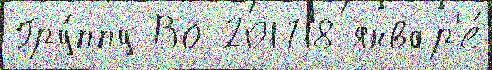
Гру́ппу Во 201718 январ'е́